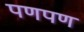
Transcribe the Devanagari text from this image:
पणपण